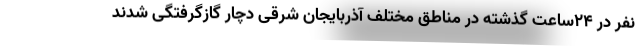
نفر در ۲۴ساعت گذشته در مناطق مختلف آذربایجان شرقی دچار گازگرفتگی شدند